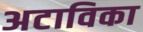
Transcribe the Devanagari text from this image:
अटाविका